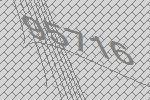
95716